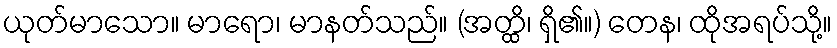
ယုတ်မာသော။ မာရော၊ မာနတ်သည်။ (အတ္ထိ၊ ရှိ၏။) တေန၊ ထိုအရပ်သို့။